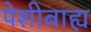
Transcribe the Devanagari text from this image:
पेशीबाह्य